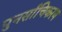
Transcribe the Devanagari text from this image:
पुनर्साचिकरण